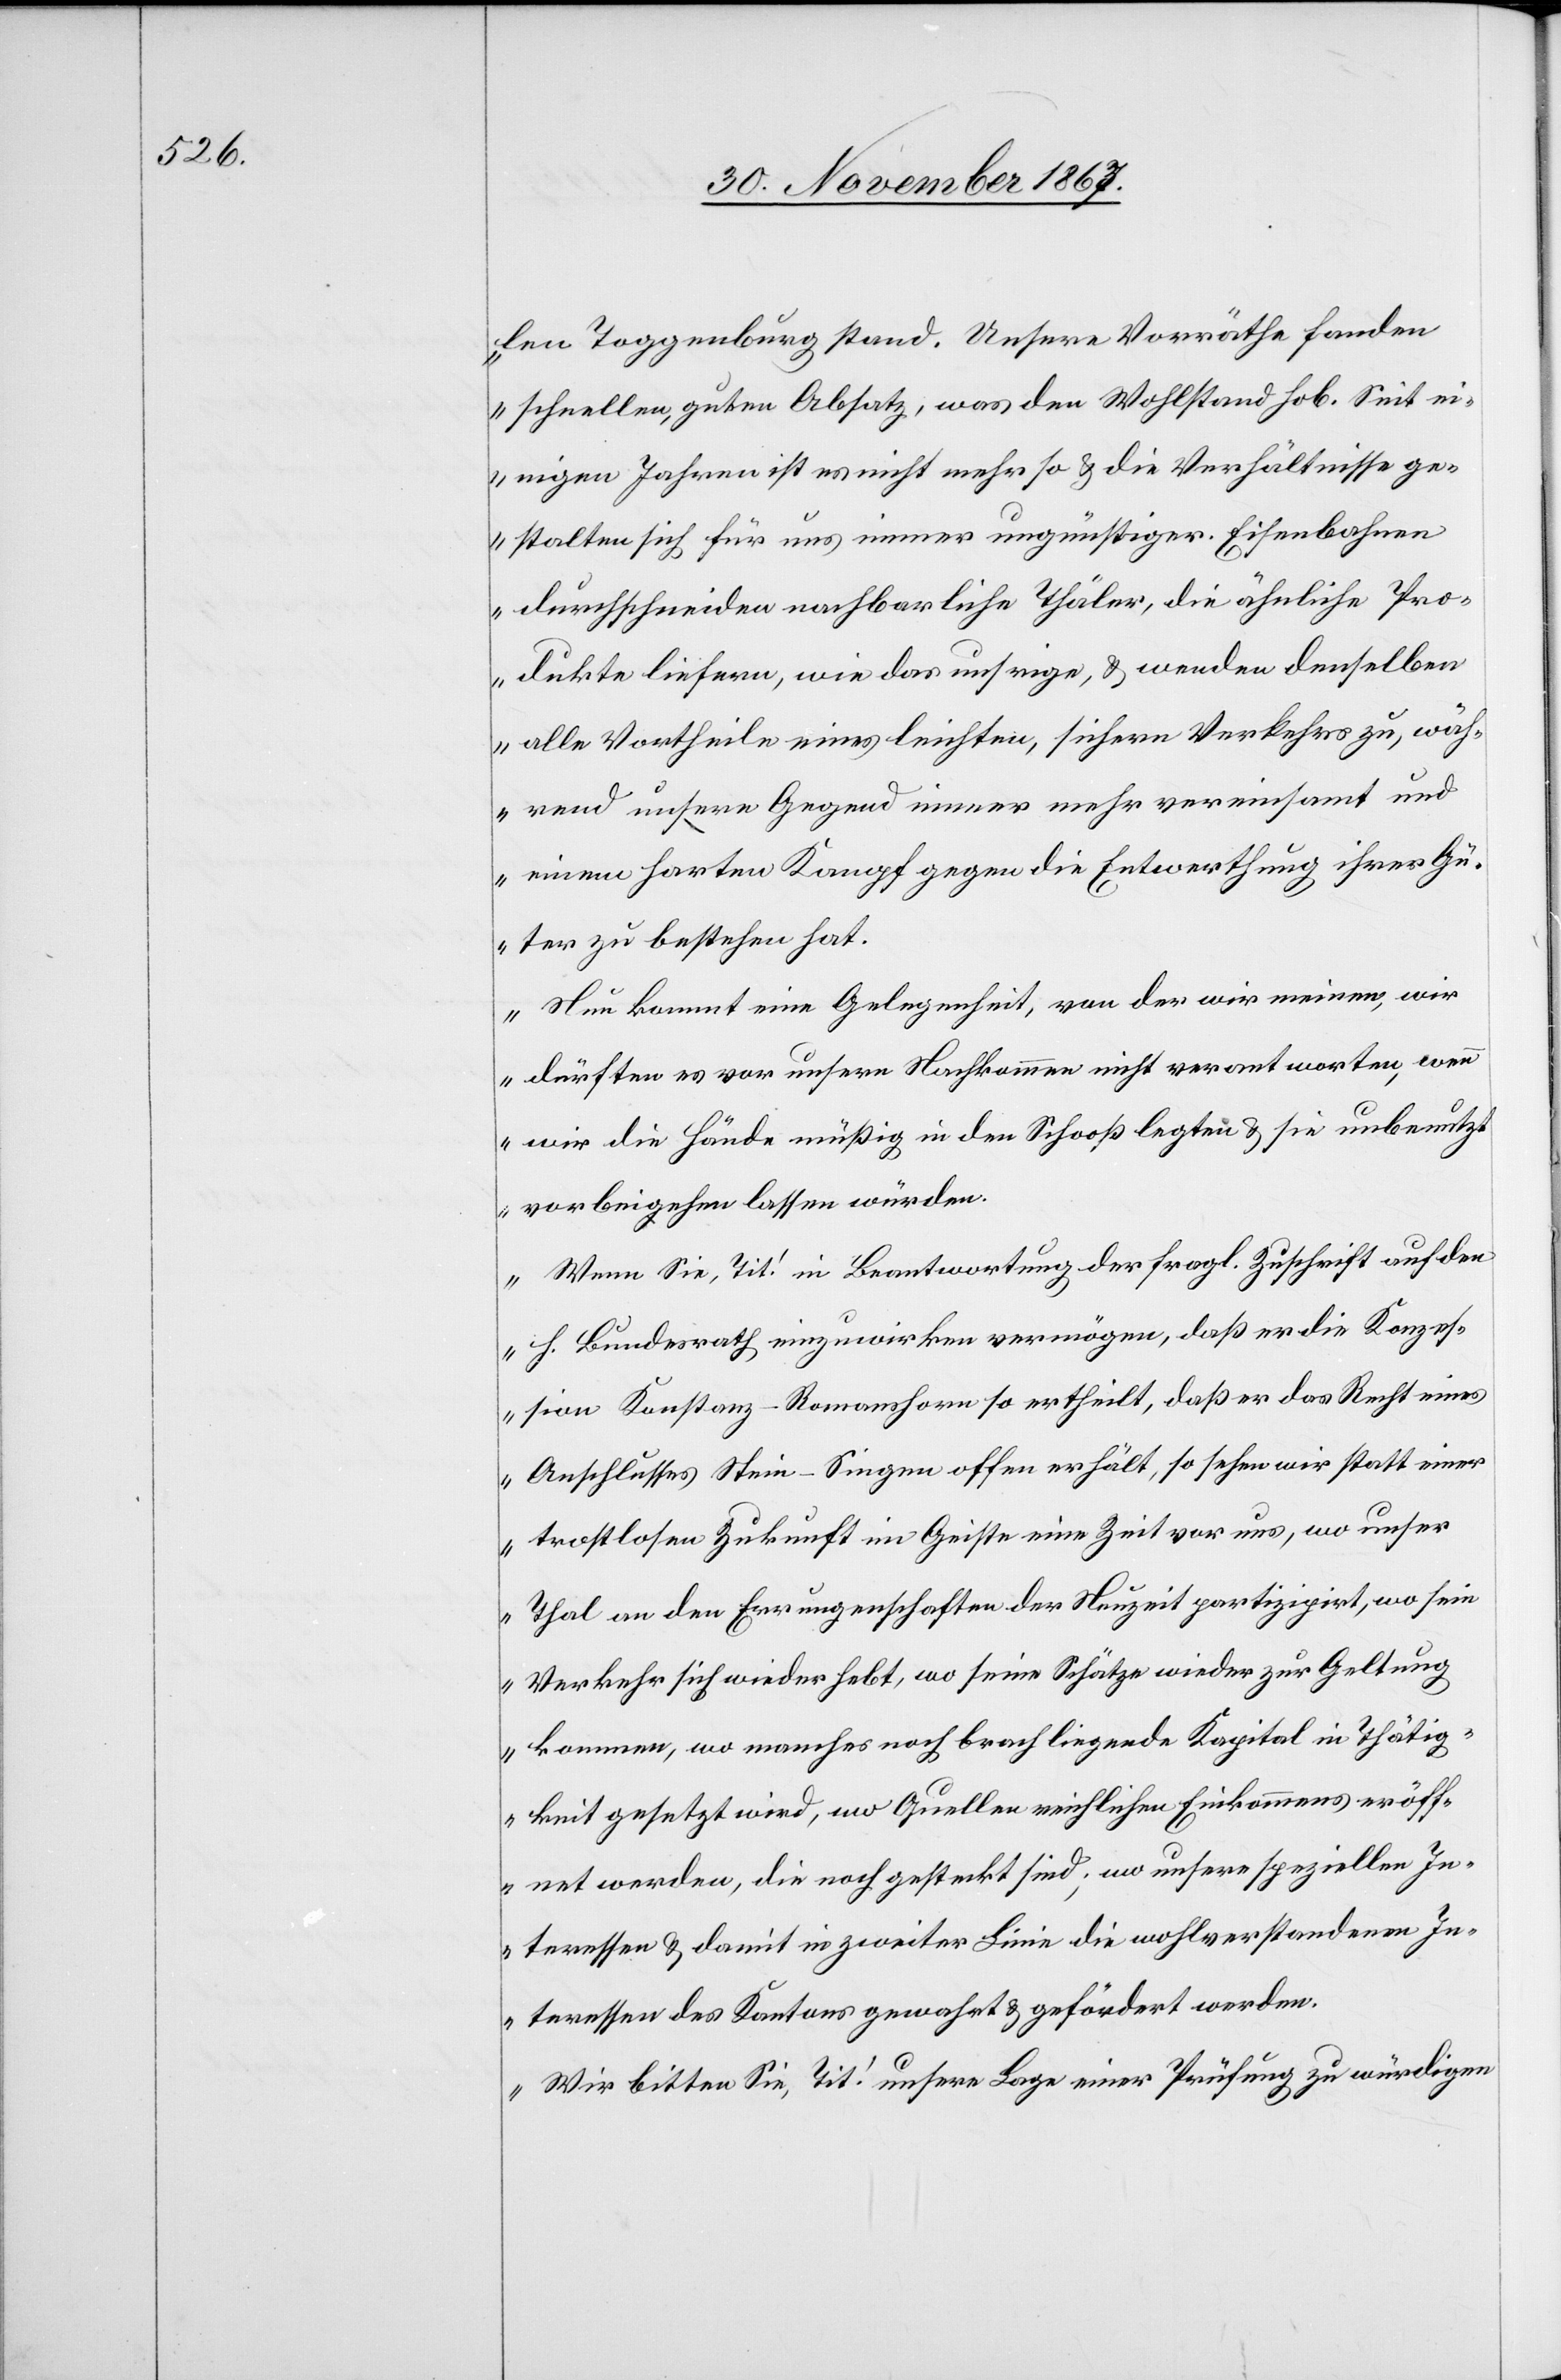
len Toggenburg stand. Unsere Vorräthe fanden
schnellen, guten Absatz, was den Wohlstand hob. Seit ei¬
nigen Jahren ist es nicht mehr so u. die Verhältnisse ge¬
stalten sich für uns immer ungünstiger. Eisenbahnen
durchschneiden nachbarliche Thäler, die ähnliche Pro¬
dukte liefern, wie das unsrige, u. wenden denselben
alle Vortheile eines leichten, sichern Verkehrs zu, wäh¬
rend unsere Gegend immer mehr vereinsamt und
einem harten Kampf gegen die Entwerthung ihrer Gü¬
ter zu bestehen hat.
Nun kommt eine Gelegenheit, von der wir meinen, wir
dürften es vor unsern Nachkommen nicht verantworten, wenn
wir die Hände müßig in den Schooß legten u. sie unbenutzt
vorbeigehen lassen würden.
Wenn Sie, Tit! in Beantwortung der fragl. Zuschrift auf den
h. Bundesrath einzuwirken vermögen, daß er die Konzes¬
sion Konstanz–Romanshorn so ertheilt, daß er das Recht eines
Anschlusses Stein–Singen offen erhält, so sehen wir statt einer
trostlosen Zukunft im Geiste eine Zeit voraus, wo unser
Thal an den Errungenschaften der Neuzeit partizipirt, wo sein
Verkehr sich wieder hebt, wo seine Schätze wieder zur Geltung
kommen, wo manches noch brach liegende Kapital in Thätig¬
keit gesetzt wird, wo Quellen reichlichen Einkommens eröff¬
net werden, die noch gesteckt sind; wo unsere speziellen In¬
teressen u. damit in zweiter Linie die wohlverstandenen In¬
teressen des Kantons gewahrt u. gefördert werden.
Wir bitten Sie, Tit! unsere Lage einer Prüfung zu würdigen